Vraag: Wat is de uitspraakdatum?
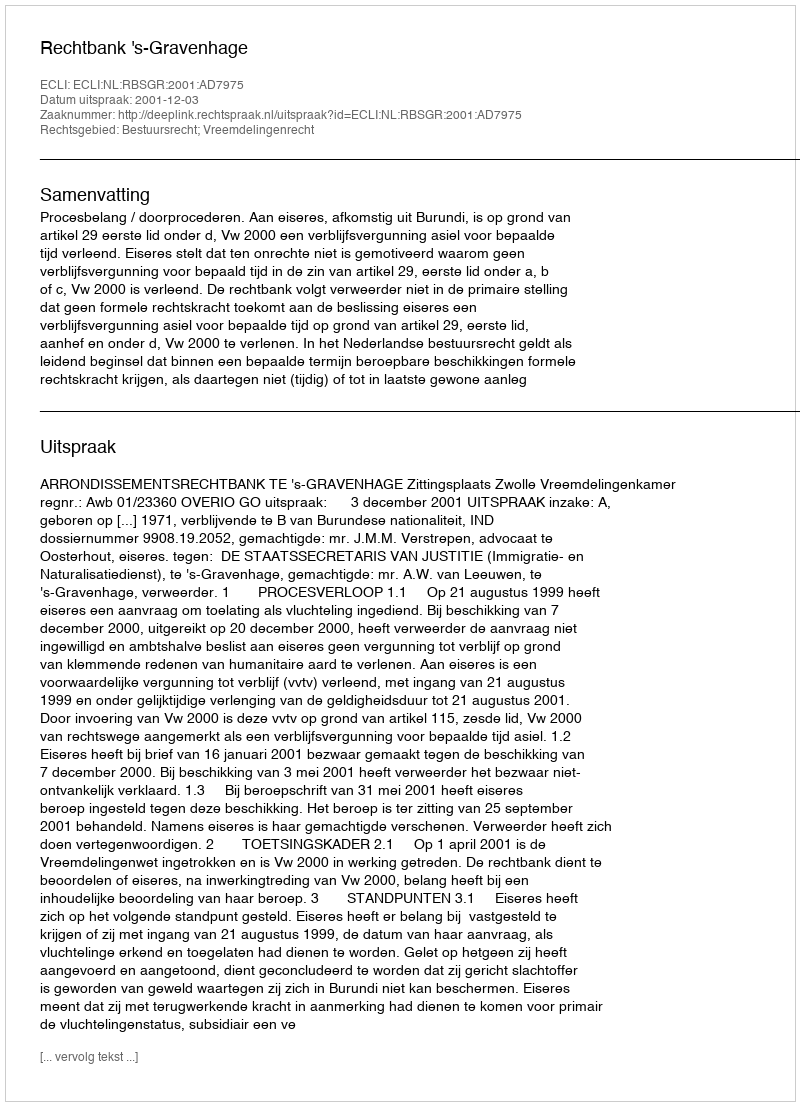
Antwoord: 2001-12-03